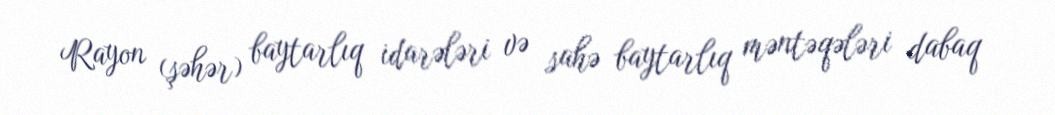
Rayon (şəhər) baytarlıq idarələri və sahə baytarlıq məntəqələri dabaq